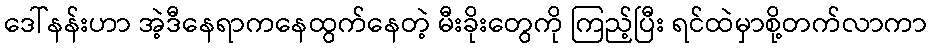
ဒေါ်နန်းဟာ အဲ့ဒီနေရာကနေထွက်နေတဲ့ မီးခိုးတွေကို ကြည့်ပြီး ရင်ထဲမှာစို့တက်လာကာ